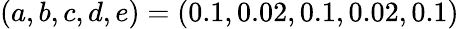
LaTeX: (a,b,c,d,e)=(0.1,0.02,0.1,0.02,0.1)